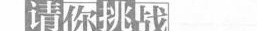
请你挑战